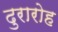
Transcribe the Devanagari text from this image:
दुरारोह